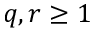
q , r \geq 1